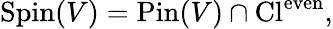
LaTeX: \operatorname{Spin}(V)=\operatorname{Pin}(V)\cap\operatorname{Cl}^{\mathrm{even}},